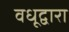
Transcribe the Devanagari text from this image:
वधूद्वारा